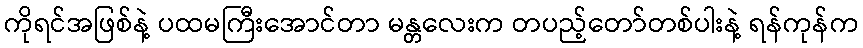
ကိုရင်အဖြစ်နဲ့ ပထမကြီးအောင်တာ မန္တလေးက တပည့်တော်တစ်ပါးနဲ့ ရန်ကုန်က